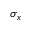
\sigma _ { x }